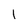
Character: 1